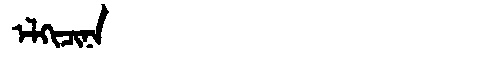
Manchu: ᡝᠯᡴᡳᠴᡳᠨᠠ
Romanization: ELKICINA